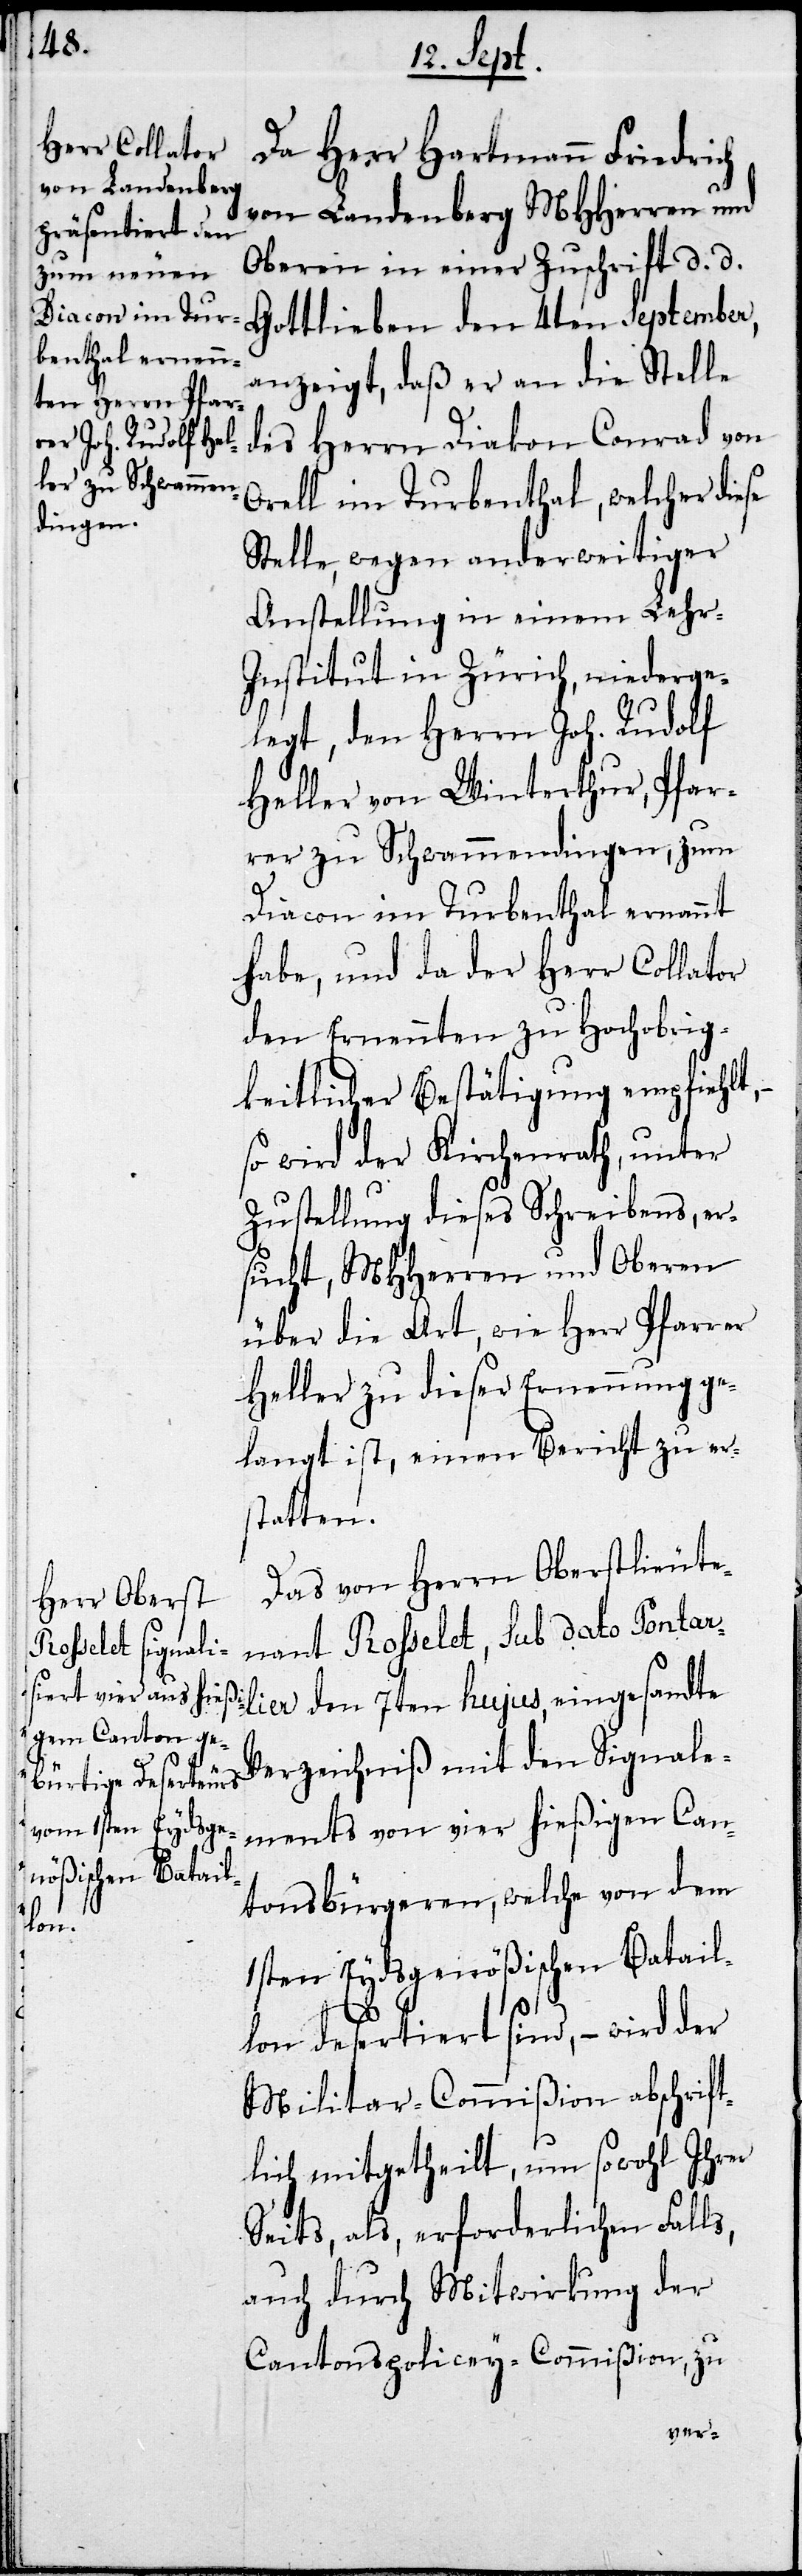
Da Herr Hartmann Friedrich
von Landenberg MHHerren und
Obern in einer Zuschrift d. d.
Gottlieben den 4ten September,
anzeigt, daß er an die Stelle
des Herrn Diakon Conrad von
Orell im Turbenthal, welcher diese
Stelle, wegen anderweitiger
Anstellung in einem Lehr-I¬
nstitut in Zürich, niederge¬
legt, den Herrn Joh. Rudolf
Heller von Winterthur, Pfar¬
rer zu Schwammendingen, zum
Diacon im Thurbenthal ernannt
habe, und da der Herr Collator
den Ernennten zu Hochobrig¬
keitlicher Bestätigung empfiehlt,
so wird der Kirchenrath, unter
Zustellung dieses Schreibens, er¬
sucht, MHHerren und Oberen
über die Art, wie Herr Pfarrer
Heller zu dieser Ernennung ge¬
langt ist, einen Bericht zu er¬
statten.
Das von Herrn Oberstlieute¬
nant Rosselet, sub dato Pontar¬
lier den 7ten hujus, eingesandte
Verzeichniß mit den Signale¬
ments von hießigen Can¬
tonsbürgern, welche von dem
1sten Eydsgenößischen Batail¬
lon desertiert sind, – wird der
Militar-Commißion abschrift¬
lich mitgetheilt, um sowohl Ihrer
Seits, als, erforderlichen Falls,
auch durch Mitwirkung der
Cantonspolicey-Commißion, zu